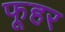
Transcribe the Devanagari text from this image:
फूहर